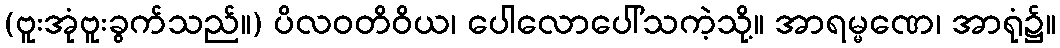
(ဗူးအုံဗူးခွက်သည်။) ပိလဝတိဝိယ၊ ပေါလောပေါ်သကဲ့သို့။ အာရမ္မဏေ၊ အာရုံ၌။